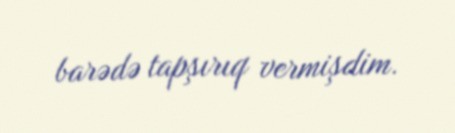
barədə tapşırıq vermişdim.